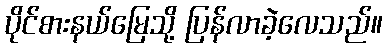
ပိုင်စားနယ်မြေသို့ ပြန်လာခဲ့လေသည်။